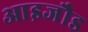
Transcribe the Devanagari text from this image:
आइजौड